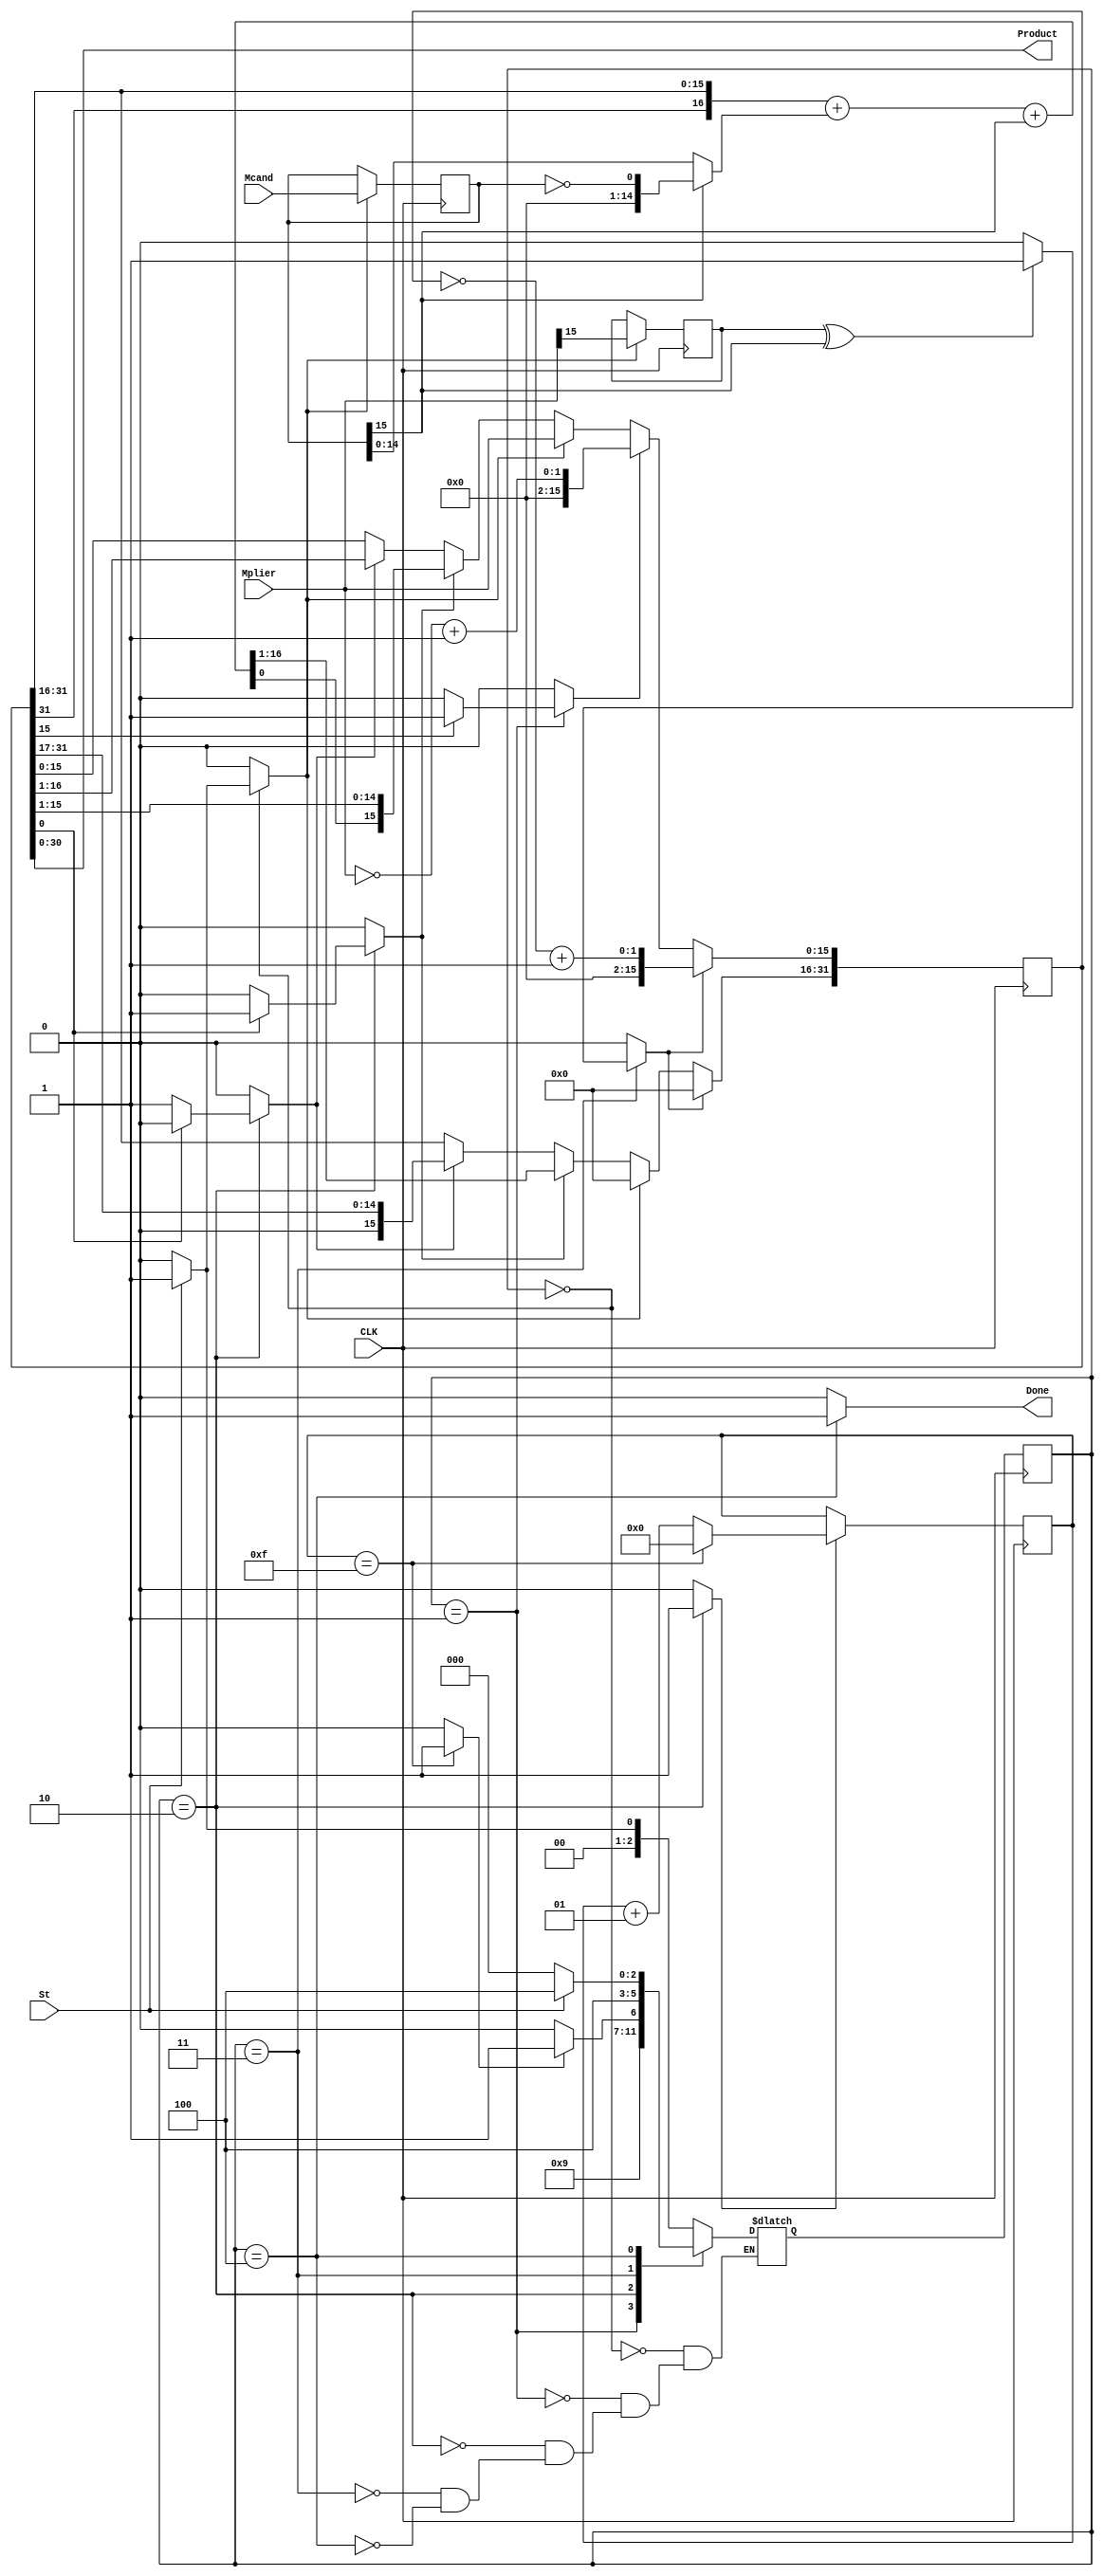
`define ACC RegA[31:16]

`define RegM RegA[15:0]

`define M RegA[0]

`define M15 RegA[15]

`define MC15 RegB[15]

module Multiplier_32bit(CLK, St, Mplier, Mcand, Done, Product);

input CLK, St;

input [15:0] Mplier, Mcand;

output reg Done;

output [30:0] Product;

reg [2:0] state, nextstate;

reg [31:0] RegA;

reg [15:0] RegB;

reg Sign;

reg Cnt, Sh, AdSh, Load, CoM, CoP;

wire [15:0] Compout;

wire Pneg;

wire K;

wire [16:0] Addout;

integer Cntr;

initial begin

Done = 0;

state = 0;

nextstate = 0;

RegA = 0;

RegB = 0;

Sign = 0;

Cnt = 0;

Sh = 0;

AdSh = 0;

Load = 0;

CoM = 0;

CoP = 0;

Cntr = 0;

end

assign Compout = (`MC15 == 1)? (!RegB) : RegB;

assign Addout = {RegA[31], `ACC} + {Compout[15], Compout} + {16'd0,`MC15};

assign Pneg = Sign ^ `MC15;

assign K = (Cntr == 15)? 1 : 0;

assign Product = RegA[30:0];

always @(state, St, `M15, K, `M, Pneg)

begin

Load = 0; CoM = 0; AdSh = 0; Sh = 0;

Cnt = 0; CoP = 0; Done = 0;

case(state)

0: begin

if(St == 1) begin

Load = 1;

nextstate = 1;

end

else begin

nextstate = 0;

end

end

1: begin

if(`M15 == 1) begin

CoM = 1;

end

nextstate = 2;

end

2: begin

if(K == 1) begin

nextstate = 3;

end

else begin

nextstate = 2;

end

if(`M == 0) begin

Sh = 1;

Cnt = 1;

end

else begin

AdSh = 1;

Cnt = 1;

end

end

3: begin

if(Pneg == 1) begin

CoP = 1;

end

nextstate = 4;

end

4: begin

Done = 1;

if(St == 1) begin

nextstate = 4;

end

else begin

nextstate = 0;

end

end

default: begin

end

endcase

end

always @(posedge CLK)

begin

state <= nextstate;

if(Cnt == 1) begin

if(Cntr == 15) begin

Cntr <= 0;

end

else begin

Cntr <= Cntr + 1;

end

end

if(Sh == 1) begin

`ACC <= {1'b0, RegA[31:17]};

`RegM <= {RegA[16], RegA[15:1]};

end

if(AdSh == 1) begin

`ACC <= Addout[16:1];

`RegM <= {Addout[0], RegA[15:1]};

end

if(Load == 1) begin

`ACC <= 0;

`RegM <= Mplier;

Sign <= Mplier[15];

RegB <= Mcand;

end

if(CoM == 1) begin

`RegM <= (!Mplier) + 1;

end

if(CoP == 1) begin

RegA <= (!RegA) + 1;

end

end

endmodule